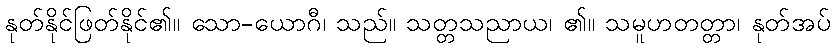
နုတ်နိုင်ဖြတ်နိုင်၏။ သော-ယောဂီ၊ သည်။ သတ္တသညာယ၊ ၏။ သမူဟတတ္တာ၊ နုတ်အပ်